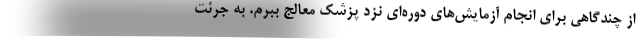
از چندگاهی برای انجام آزمایش‌های دوره‌ای نزد پزشک معالج ببرم. به جرئت